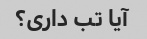
آیا تب داری؟